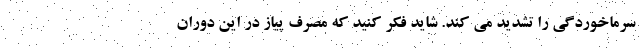
سرماخوردگی را تشدید می کند. شاید فکر کنید که مصرف پیاز در این دوران